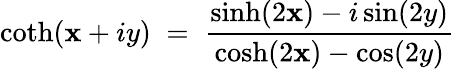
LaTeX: \coth(\mathbf{x}+iy)\; =\; \frac{{\sinh(2\mathbf{x})-i\sin(2y)}}{{\cosh(2\mathbf{x})-\cos(2y)}}